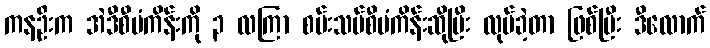
ကနဦးက အဲဒီစီမံကိန်းကို ၃ လကြာ စမ်းသပ်စီမံကိန်းဆိုပြီး လုပ်ခဲ့တာ ဖြစ်ပြီး ဒီလောက်